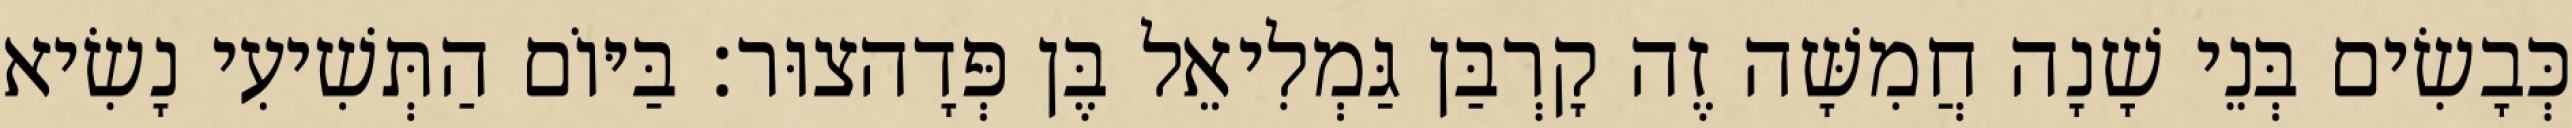
כְּבָשִׂים בְּנֵי שָׁנָה חֲמִשָּׁה זֶה קָרְבַּן גַּמְלִיאֵל בֶּן פְּדָהצוּר׃ בַּיּוֹם הַתְּשִׁיעִי נָשִׂיא